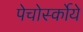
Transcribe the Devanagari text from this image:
पेचोर्स्कोये